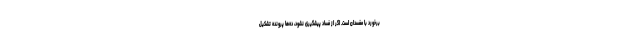
برخورد با مفسدان است. اگر از فساد پیشگیری نشود، ده‌ها پرونده تشکیل